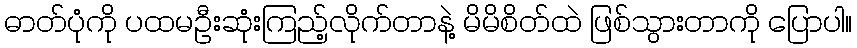
ဓာတ်ပုံကို ပထမဦးဆုံးကြည့်လိုက်တာနဲ့ မိမိစိတ်ထဲ ဖြစ်သွားတာကို ပြောပါ။